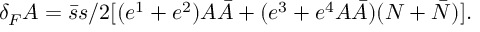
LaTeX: \delta _ { F } A = \bar { s } s / 2 [ ( e ^ { 1 } + e ^ { 2 } ) A \bar { A } + ( e ^ { 3 } + e ^ { 4 } A \bar { A } ) ( N + \bar { N } ) ] .